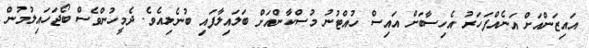
އައިޒަންއަށް އަނެއްފަހަރު އެހިސާބަށް އައިސް ހުއްޓުނު މުސްކާންއަށް ބަލައިލާފައި ބުނެލިއެވެ. ދެމީހުންވެސް ބޯޖަހައިލުމުން